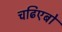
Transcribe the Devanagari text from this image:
चढिएबो